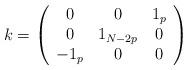
LaTeX: \begin{align*}k = \left( \begin{array}{ccc} 0 & 0 & 1_p \\0 & 1_{N-2p} & 0 \\ -1_p & 0 & 0 \end{array} \right)\end{align*}